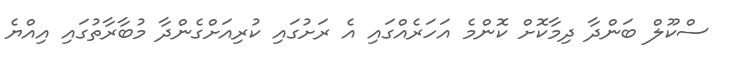
ސްކޫލް ބަންދާ ދިމާކޮށް ކޮންމެ އަހަރެއްގައި އެ ރަށުގައި ކުރިއަށްގެންދާ މުބާރާތުގައި އިއްޔެ